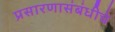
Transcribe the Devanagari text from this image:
प्रसारणासंबंधीचे